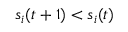
s _ { i } ( t + 1 ) < s _ { i } ( t )